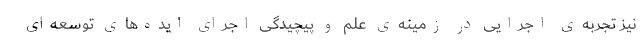
نیز تجربه‌ی اجرایی در زمینه‌ی علم و پیچیدگی اجرای ایده‌های توسعه‌ای